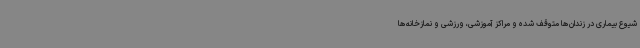
شیوع بیماری در زندان‌ها متوقف شده و مراکز آموزشی، ورزشی و نمازخانه‌ها